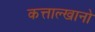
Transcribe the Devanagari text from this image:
कत्ताल्खानो